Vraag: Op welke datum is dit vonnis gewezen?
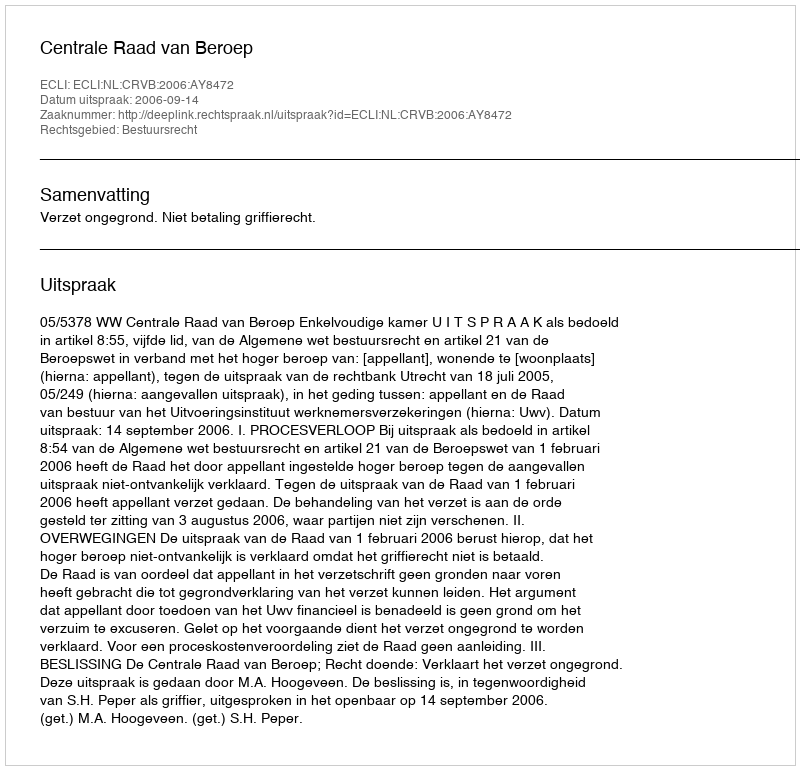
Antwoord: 2006-09-14